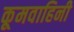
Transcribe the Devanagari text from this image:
कूमवाहिनी